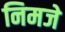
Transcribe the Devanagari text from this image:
निमजे